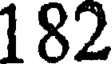
182